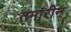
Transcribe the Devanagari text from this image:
तमारीन